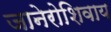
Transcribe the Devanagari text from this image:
जानेरोशिवाय